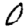
Digit: 0